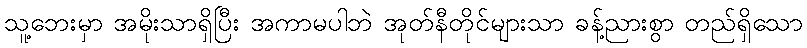
သူ့ဘေးမှာ အမိုးသာရှိပြီး အကာမပါဘဲ အုတ်နီတိုင်များသာ ခန့်ညားစွာ တည်ရှိသော